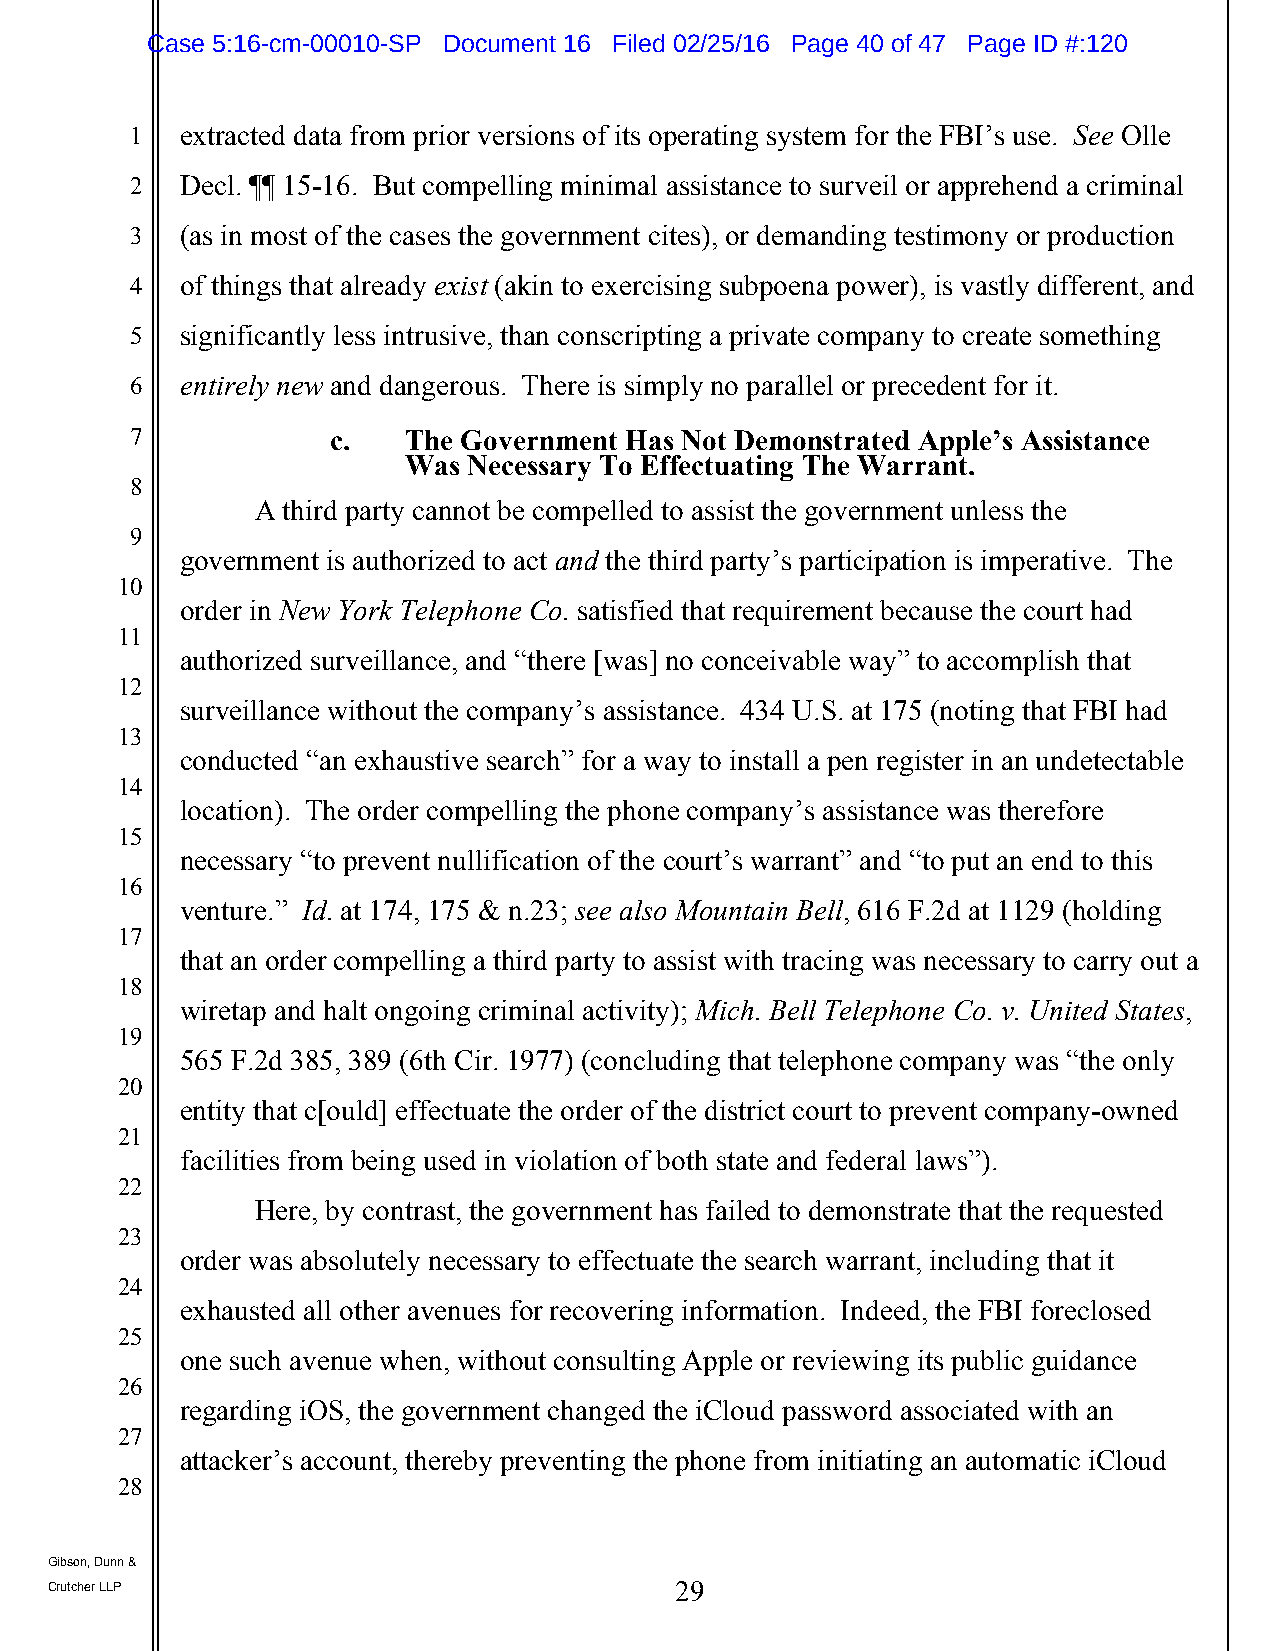
Case 5:16-cm-00010-SP Document 16 Filed 02/25/16 Page 40 of 47 Page ID #:120
 1  extracted data from prior versions of its operating system for the FBI’s use. See Olle
 2  Decl. ¶¶ 15-16. But compelling minimal assistance to surveil or apprehend a criminal
 3  (as in most of the cases the government cites), or demanding testimony or production
 4  of things that already exist (akin to exercising subpoena power), is vastly different, and
 5  significantly less intrusive, than conscripting a private company to create something
 6  entirely new and dangerous. There is simply no parallel or precedent for it.
 7            c.   The Government Has Not Demonstrated Apple’s Assistance
 Was Necessary To Effectuating The Warrant.
 8
 A third party cannot be compelled to assist the government unless the
 9
 government is authorized to act and the third party’s participation is imperative. The
 10
 order in New York Telephone Co. satisfied that requirement because the court had
 11
 authorized surveillance, and “there [was] no conceivable way” to accomplish that
 12
 surveillance without the company’s assistance. 434 U.S. at 175 (noting that FBI had
 13
 conducted “an exhaustive search” for a way to install a pen register in an undetectable
 14
 location). The order compelling the phone company’s assistance was therefore
 15
 necessary “to prevent nullification of the court’s warrant” and “to put an end to this
 16
 venture.” Id. at 174, 175 & n.23; see also Mountain Bell, 616 F.2d at 1129 (holding
 17
 that an order compelling a third party to assist with tracing was necessary to carry out a
 18
 wiretap and halt ongoing criminal activity); Mich. Bell Telephone Co. v. United States,
 19
 565 F.2d 385, 389 (6th Cir. 1977) (concluding that telephone company was “the only
 20
 entity that c[ould] effectuate the order of the district court to prevent company-owned
 21
 facilities from being used in violation of both state and federal laws”).
 22
 Here, by contrast, the government has failed to demonstrate that the requested
 23
 order was absolutely necessary to effectuate the search warrant, including that it
 24
 exhausted all other avenues for recovering information. Indeed, the FBI foreclosed
 25
 one such avenue when, without consulting Apple or reviewing its public guidance
 26
 regarding iOS, the government changed the iCloud password associated with an
 27
 attacker’s account, thereby preventing the phone from initiating an automatic iCloud
 28
 Gibson, Dunn &
 Crutcher LLP                              29